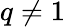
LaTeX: q\neq 1